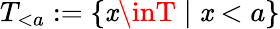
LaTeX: T_{<a}:=\{ \mathit{x}\inT\mid\mathit{x}<a\}